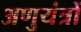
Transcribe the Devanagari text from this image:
अणुयंत्रों